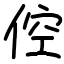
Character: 倥